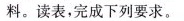
料。读表，完成下列要求。